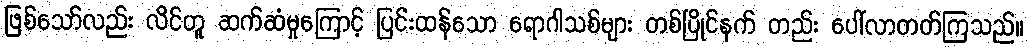
ဖြစ်သော်လည်း လိင်တူ ဆက်ဆံမှုကြောင့် ပြင်းထန်သော ရောဂါသစ်များ တစ်ပြိုင်နက် တည်း ပေါ်လာတတ်ကြသည်။